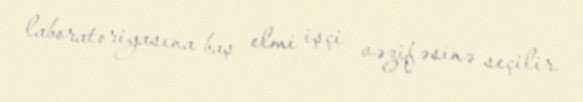
laboratoriyasına baş elmi işçi vəzifəsinə seçilir.